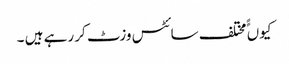
کیوں ًًمختلف سائٹس وزٹ کر رہے ہیں ۔